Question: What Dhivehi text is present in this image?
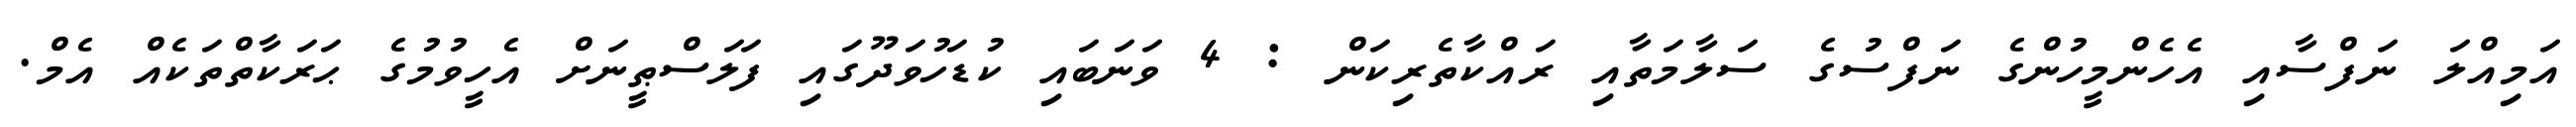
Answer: އަމިއްލަ ނަފްސާއި އެހެންމީހުންގެ ނަފްސުގެ ސަލާމަތާއި ރައްކާތެރިކަން : 4 ވަނަބައި ކުޑަހުވަދޫގައި ފަލަސްޠީނަށް އެހީވުމުގެ ޙަރަކާތްތަކެއް އެމް.